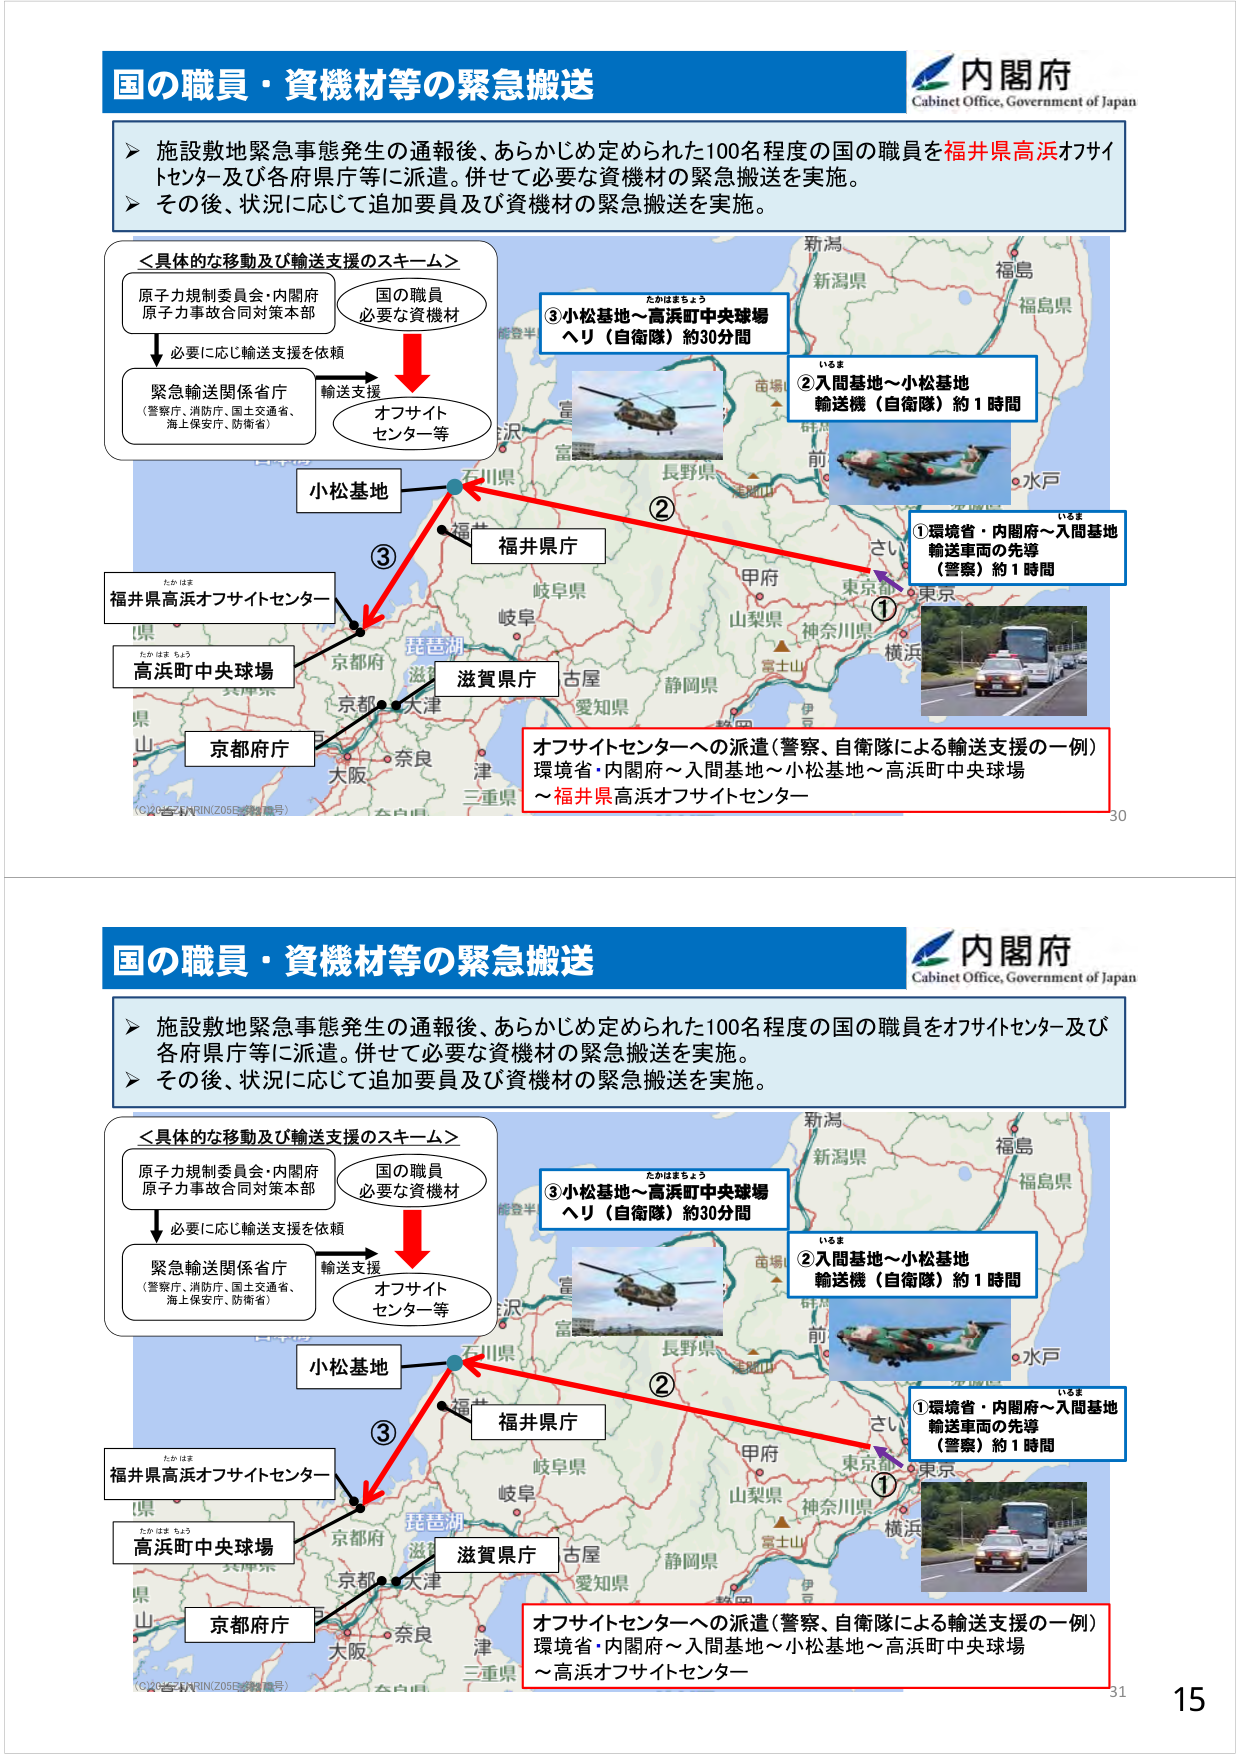
国の職員・資機材等の緊急搬送
内閣府
Cabinet Office, Government of Japan
▶ 施設敷地緊急事態発生の通報後、あらかじめ定められた100名程度の国の職員を福井県高浜オフサイトセンター及び各府県庁等に派遣。併せて必要な資機材の緊急搬送を実施。
▶ その後、状況に応じて追加要員及び資機材の緊急搬送を実施。
＜具体的な移動及び輸送支援のスキーム＞
原子力規制委員会・内閣府
原子力事故合同対策本部
国の職員
必要な資機材
必要に応じ輸送支援を依頼
緊急輸送関係省庁
（警察庁、消防庁、国土交通省、
海上保安庁、防衛省）
輸送支援
オフサイト
センター等
小松基地
福井県庁
福井県高浜オフサイトセンター
高浜町中央球場
京都府庁
滋賀県庁
①環境省・内閣府～入間基地
輸送車両の先導
（警察）約1時間
②入間基地～小松基地
輸送機（自衛隊）約1時間
③小松基地～高浜町中央球場
ヘリ（自衛隊）約30分間
オフサイトセンターへの派遣（警察、自衛隊による輸送支援の一例）
環境省・内閣府～入間基地～小松基地～高浜町中央球場
～福井県高浜オフサイトセンター
（6120577RIN(2055-33)番号）
30
国の職員・資機材等の緊急搬送
内閣府
Cabinet Office, Government of Japan
▶ 施設敷地緊急事態発生の通報後、あらかじめ定められた100名程度の国の職員をオフサイトセンター及び各府県庁等に派遣。併せて必要な資機材の緊急搬送を実施。
▶ その後、状況に応じて追加要員及び資機材の緊急搬送を実施。
＜具体的な移動及び輸送支援のスキーム＞
原子力規制委員会・内閣府
原子力事故合同対策本部
国の職員
必要な資機材
必要に応じ輸送支援を依頼
緊急輸送関係省庁
（警察庁、消防庁、国土交通省、
海上保安庁、防衛省）
輸送支援
オフサイト
センター等
小松基地
福井県庁
福井県高浜オフサイトセンター
高浜町中央球場
京都府庁
滋賀県庁
①環境省・内閣府～入間基地
輸送車両の先導
（警察）約1時間
②入間基地～小松基地
輸送機（自衛隊）約1時間
③小松基地～高浜町中央球場
ヘリ（自衛隊）約30分間
オフサイトセンターへの派遣（警察、自衛隊による輸送支援の一例）
環境省・内閣府～入間基地～小松基地～高浜町中央球場
～高浜オフサイトセンター
（6120577RIN(2055-33)番号）
31
15